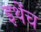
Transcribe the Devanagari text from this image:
इथेंच